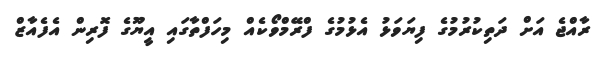
ރާއްޖެ އަށް ދަތިކުރުމުގެ ފިޔަވަޅު އެޅުމުގެ ފްރޭމްވޯކެއް މިހަފްތާގައި އީޔޫގެ ފޮރިން އެފެއާޒް